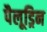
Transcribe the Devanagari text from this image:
पैलूड्रिन